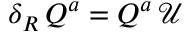
\delta _ { R } \, Q ^ { a } = Q ^ { a } \, \mathcal { U }